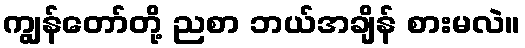
ကျွန်တော်တို့ ညစာ ဘယ်အချိန် စားမလဲ။